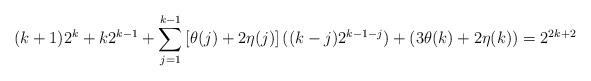
LaTeX: \begin{align*}(k+1)2^{k}+k2^{k-1}+\sum_{j=1}^{k-1}\left[ \theta(j)+2\eta(j)\right]((k-j)2^{k-1-j})+(3\theta(k)+2\eta(k)) = 2^{2k+2} \end{align*}